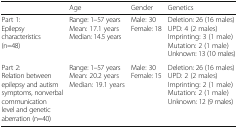
|  | Age | Gender | Genetics |
 | --- | --- | --- | --- |
 | Part 1:Epilepsy characteristics (n=48) | Range: 1–57 yearsMean: 17.1 yearsMedian: 14.5 years | Male: 30Female: 18 | Deletion: 26 (16 males)UPD: 4 (2 males)Imprinting: 3 (1 male)Mutation: 2 (1 male)Unknown: 13 (10 males) |
 | Part 2:Relation between epilepsy and autism symptoms, nonverbal communication level and genetic aberration (n=40) | Range: 1–57 yearsMean: 20.2 yearsMedian: 19.1 years | Male: 30Female: 15 | Deletion: 26 (16 males)UPD: 2 (2 males)Imprinting: 2 (1 male)Mutation: 2 (1 male)Unknown: 12 (9 males) |